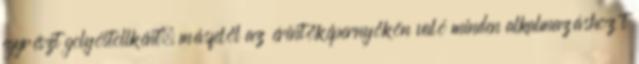
egyrészt golyóstollként, másfelől az érintőképernyőkön való minden alkalmazáshoz t